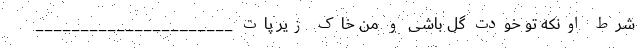
شرط اونکه تو خودت گل باشی و من خاک زیر پات ______________________